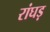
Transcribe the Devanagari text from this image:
रांघड़